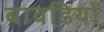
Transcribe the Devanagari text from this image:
बावडि़यों